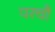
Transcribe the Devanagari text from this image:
परचौ